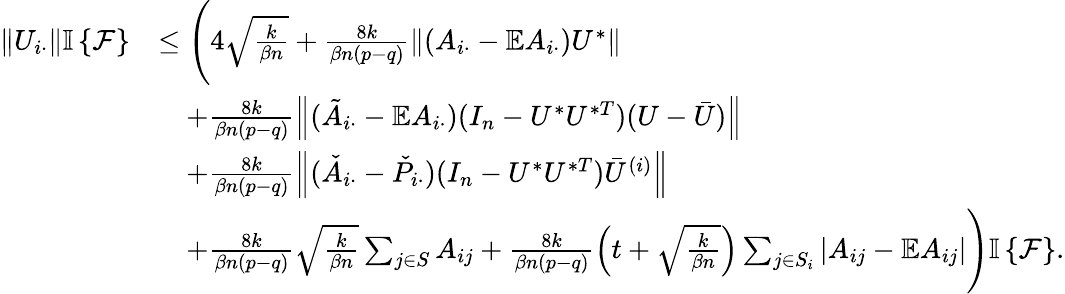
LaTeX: \begin{array}{rl}{\left\| {U_{i\cdot}}\right\| {\mathbb{I}\left\{ {\mathcal{F}}\right\} }}&{\leq\Bigg(4\sqrt{\frac{k}{\beta n}}+\frac{8k}{\beta n(p-q)}\left\| {(A_{i\cdot}-\mathbb{E}A_{i\cdot})U^{*}}\right\| }\\ &{\quad+\frac{8k}{\beta n(p-q)}\left\| {(\tilde{A}_{i\cdot}-\mathbb{E}A_{i\cdot})(I_{n}-U^{*}U^{*T})(U-\bar{U})}\right\| }\\ &{\quad+\frac{8k}{\beta n(p-q)}\left\| {(\check{A}_{i\cdot}-\check{P}_{i\cdot})(I_{n}-U^{*}U^{*T})\bar{U}^{(i)}}\right\| }\\ &{\quad+\frac{8k}{\beta n(p-q)}\sqrt{\frac{k}{\beta n}}\sum_{j\in S}A_{ij}+\frac{8k}{\beta n(p-q)}\left(t+\sqrt{\frac{k}{\beta n}}\right)\sum_{j\in S_{i}}\left|A_{ij}-\mathbb{E}A_{ij}\right|\Bigg){\mathbb{I}\left\{ {\mathcal{F}}\right\} }.}\end{array}